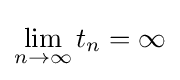
\lim _{n\to \infty }t_{n}=\infty